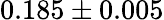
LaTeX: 0.185\pm 0.005